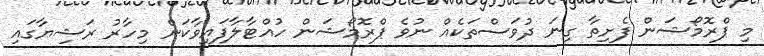
މި ޕްރޮމޯޝަން ފެށިތާ ގިނަ ދުވަސްތަކެއް ނުވެ ޕްރޮމޯޝަން ހުއްޓާލާފައިވާކަން މިހާރު ރަޝިޔާގައި